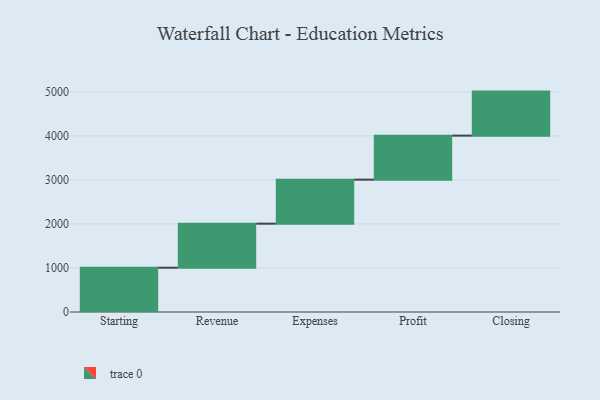
{"axis": {"x": "Step", "y": "Value"}, "legend": [""], "data": [{"x": "Starting", "y": 1006.0, "type": ""}, {"x": "Revenue", "y": 1000, "type": ""}, {"x": "Expenses", "y": 1000, "type": ""}, {"x": "Profit", "y": 1000, "type": ""}, {"x": "Closing", "y": 1000, "type": ""}]}